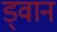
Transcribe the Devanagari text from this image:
ड्वान